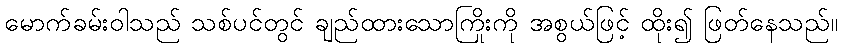
မောက်ခမ်းဝါသည် သစ်ပင်တွင် ချည်ထားသောကြိုးကို အစွယ်ဖြင့် ထိုး၍ ဖြတ်နေသည်။